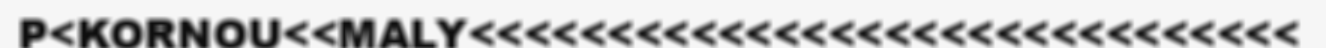
P<KORNOU<<MALY<<<<<<<<<<<<<<<<<<<<<<<<<<<<<<